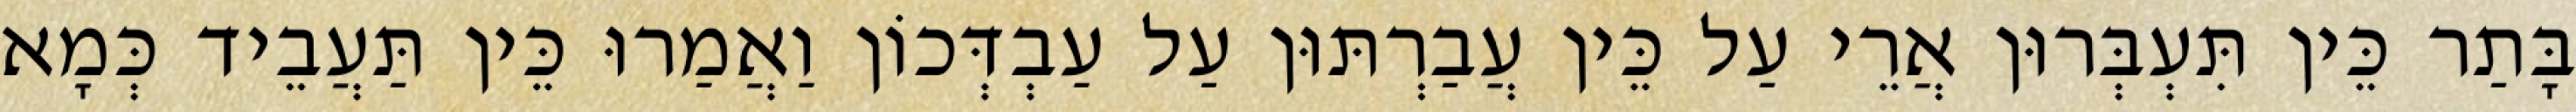
בָּתַר כֵּין תִּעְבְּרוּן אֲרֵי עַל כֵּין עֲבַרְתּוּן עַל עַבְדְּכוֹן וַאֲמַרוּ כֵּין תַּעֲבֵיד כְּמָא